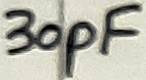
Text: 30pF